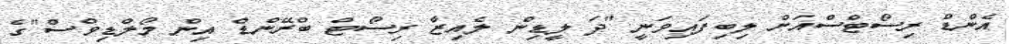
އެންޑް ރިސޯޓްސްއަށް ލިބިފައިވަނީ "ދަ ލީޑިން ލެއިޒާ ރިސޯޓް ބްރޭންޑް އިން މޯލްޑިވްސް"ގެ